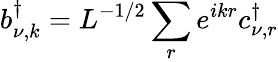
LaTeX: b_{\nu,k}^{\dagger}=L^{-1/2}\sum_{r}e^{ikr}c_{\nu,r}^{\dagger}